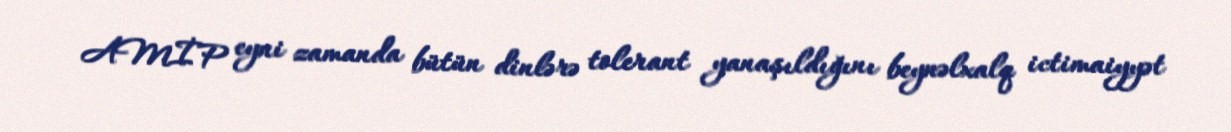
AMİP eyni zamanda bütün dinlərə tolerant yanaşıldığını beynəlxalq ictimaiyyət